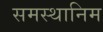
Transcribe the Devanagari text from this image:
समस्थानिम